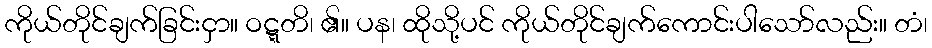
ကိုယ်တိုင်ချက်ခြင်းငှာ။ ဝဋ္ဋတိ၊ ၏။ ပန၊ ထိုသို့ပင် ကိုယ်တိုင်ချက်ကောင်းပါသော်လည်း။ တံ၊